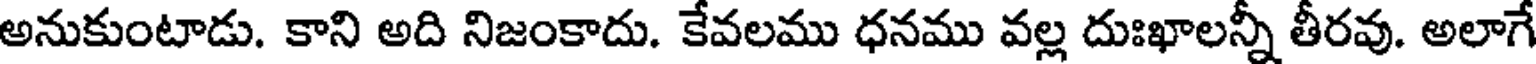
అనుకుంటాడు. కాని అది నిజంకాదు. కేవలము ధనము వల్ల దుఃఖాలన్నీ తీరవు. అలాగే